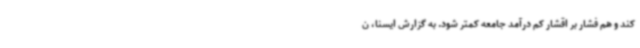
کند و هم فشار بر اقشار کم درآمد جامعه کمتر شود. به گزارش ایسنا، ن